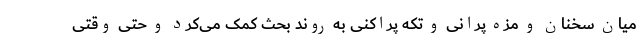
میان سخنان و مزه پرانی و تکه پراکنی به روند بحث کمک می‌کرد و حتی وقتی